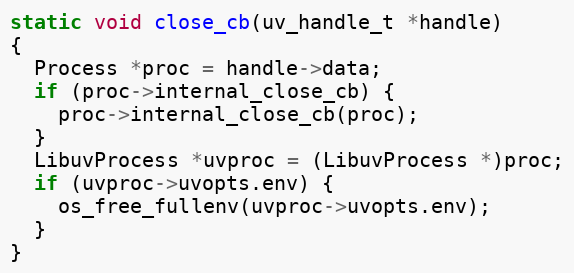
Language: C
static void close_cb(uv_handle_t *handle)
{
  Process *proc = handle->data;
  if (proc->internal_close_cb) {
    proc->internal_close_cb(proc);
  }
  LibuvProcess *uvproc = (LibuvProcess *)proc;
  if (uvproc->uvopts.env) {
    os_free_fullenv(uvproc->uvopts.env);
  }
}